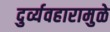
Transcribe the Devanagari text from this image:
दुर्व्यवहारामुळे